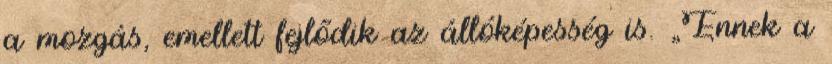
a mozgás, emellett fejlődik az állóképesség is. „Ennek a